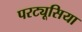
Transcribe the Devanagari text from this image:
परट्यूसिया